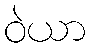
ဝဲယာ